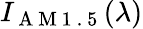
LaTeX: I_{\mathrm{~A~M~1~.~5~}}(\lambda)